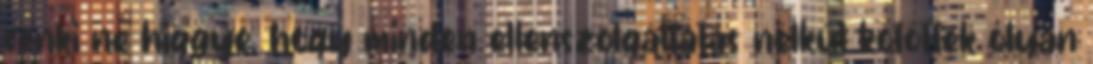
senki ne higgye, hogy minden ellenszolgáltatás nélkül kötöttek olyan